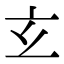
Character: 𤣥